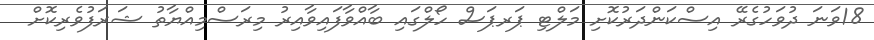
18ވަނަ ދުވަހުގެރޭ އިސްކަންދަރުކޮށި މަލްޓި ޕަރޕަސް ހޯލްގައި ބާއްވާފައިވާއިރު މިރަސްމިއްޔާތު ޝަރަފުވެރިކޮށް